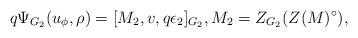
LaTeX: \begin{align*}q \Psi_{G_2}(u_\phi,\rho) = [M_2,v,q \epsilon_2]_{G_2}, M_2 = Z_{G_2}(Z(M)^\circ),\end{align*}